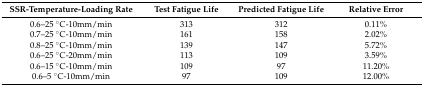
<table><thead><tr><td><b>SSR-Temperature-Loading Rate</b></td><td><b>Test Fatigue Life</b></td><td><b>Predicted Fatigue Life</b></td><td><b>Relative Error</b></td></tr></thead><tbody><tr><td>0.6–25 °C-10mm/min</td><td>313</td><td>312</td><td>0.11%</td></tr><tr><td>0.7–25 °C-10mm/min</td><td>161</td><td>158</td><td>2.02%</td></tr><tr><td>0.8–25 °C-10mm/min</td><td>139</td><td>147</td><td>5.72%</td></tr><tr><td>0.6–25 °C-20mm/min</td><td>113</td><td>109</td><td>3.59%</td></tr><tr><td>0.6–15 °C-10mm/min</td><td>109</td><td>97</td><td>11.20%</td></tr><tr><td>0.6–5 °C-10mm/min</td><td>97</td><td>109</td><td>12.00%</td></tr></tbody></table>